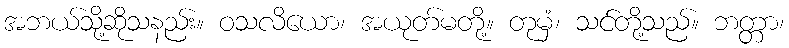
အဘယ်သို့ဆိုသနည်း။ ဝသလိယော၊ အယုတ်မတို့။ တုမှံ၊ သင်တို့သည်။ ဘတ္တာ၊